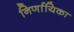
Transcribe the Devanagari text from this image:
निर्णायिका